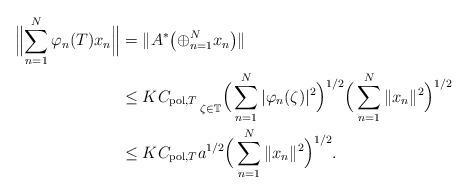
LaTeX: \begin{align*}\Bigl\|\sum_{n=1}^N\varphi_n(T)x_n\Bigr\|&=\|A^\ast\bigl(\oplus_{n=1}^Nx_n\bigr)\| \\ &\leq K C_{{\rm pol}, T}\mathop{}_{\zeta\in\mathbb T}\Bigr(\sum_{n=1}^N|\varphi_n(\zeta)|^2\Bigr)^{1/2}\Bigr(\sum_{n=1}^N\|x_n\|^2\Bigr)^{1/2}\\&\leq K C_{{\rm pol}, T}a^{1/2}\Bigr(\sum_{n=1}^N\|x_n\|^2\Bigr)^{1/2}.\end{align*}